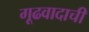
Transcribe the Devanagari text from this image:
गूढवादाची